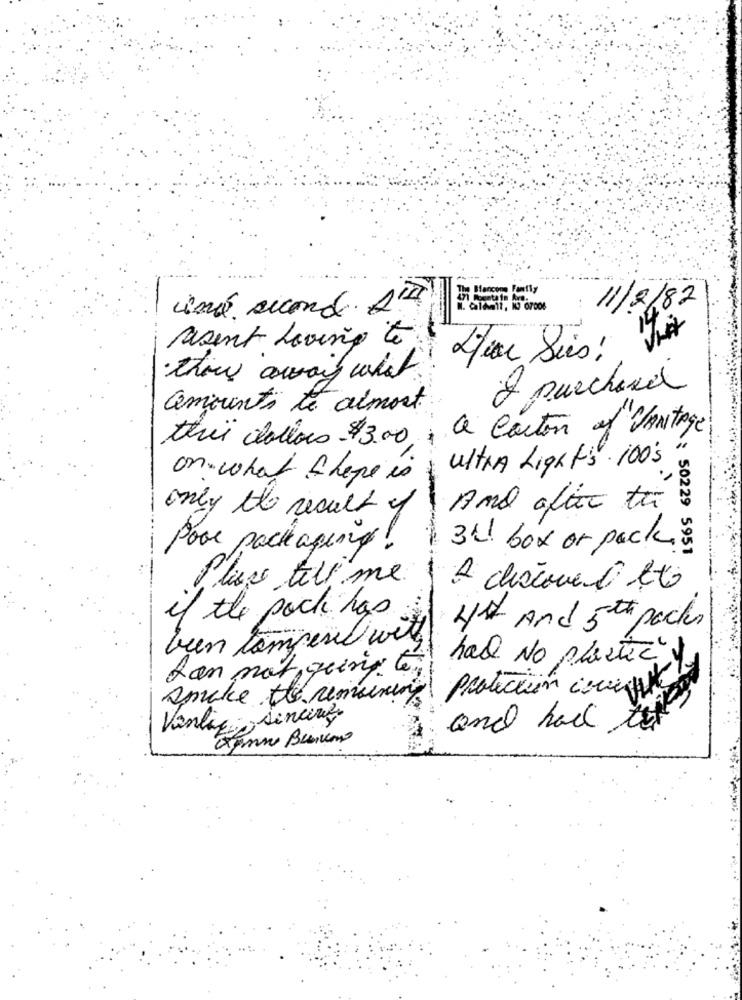
11/2/82
ciné second. D'4
14
asent having to
Diar Suis!
·throw away what
& purchase
amounts te almost
this dollars $3.00, le Carton l'VANtage
ultra Lightis . 100's
on what shape is
only the result of
And after the
Poor packaging !
31! box or pack
: 50229 5951
Plus till me
A discover 1 lt
if the pochi has
44 And 5th packs
been tampere with
Jan not going té
had No plasticy
protección cociente
smake te remaining
Vanlig sincere
and had to